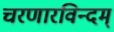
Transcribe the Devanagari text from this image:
चरणारविन्दम्